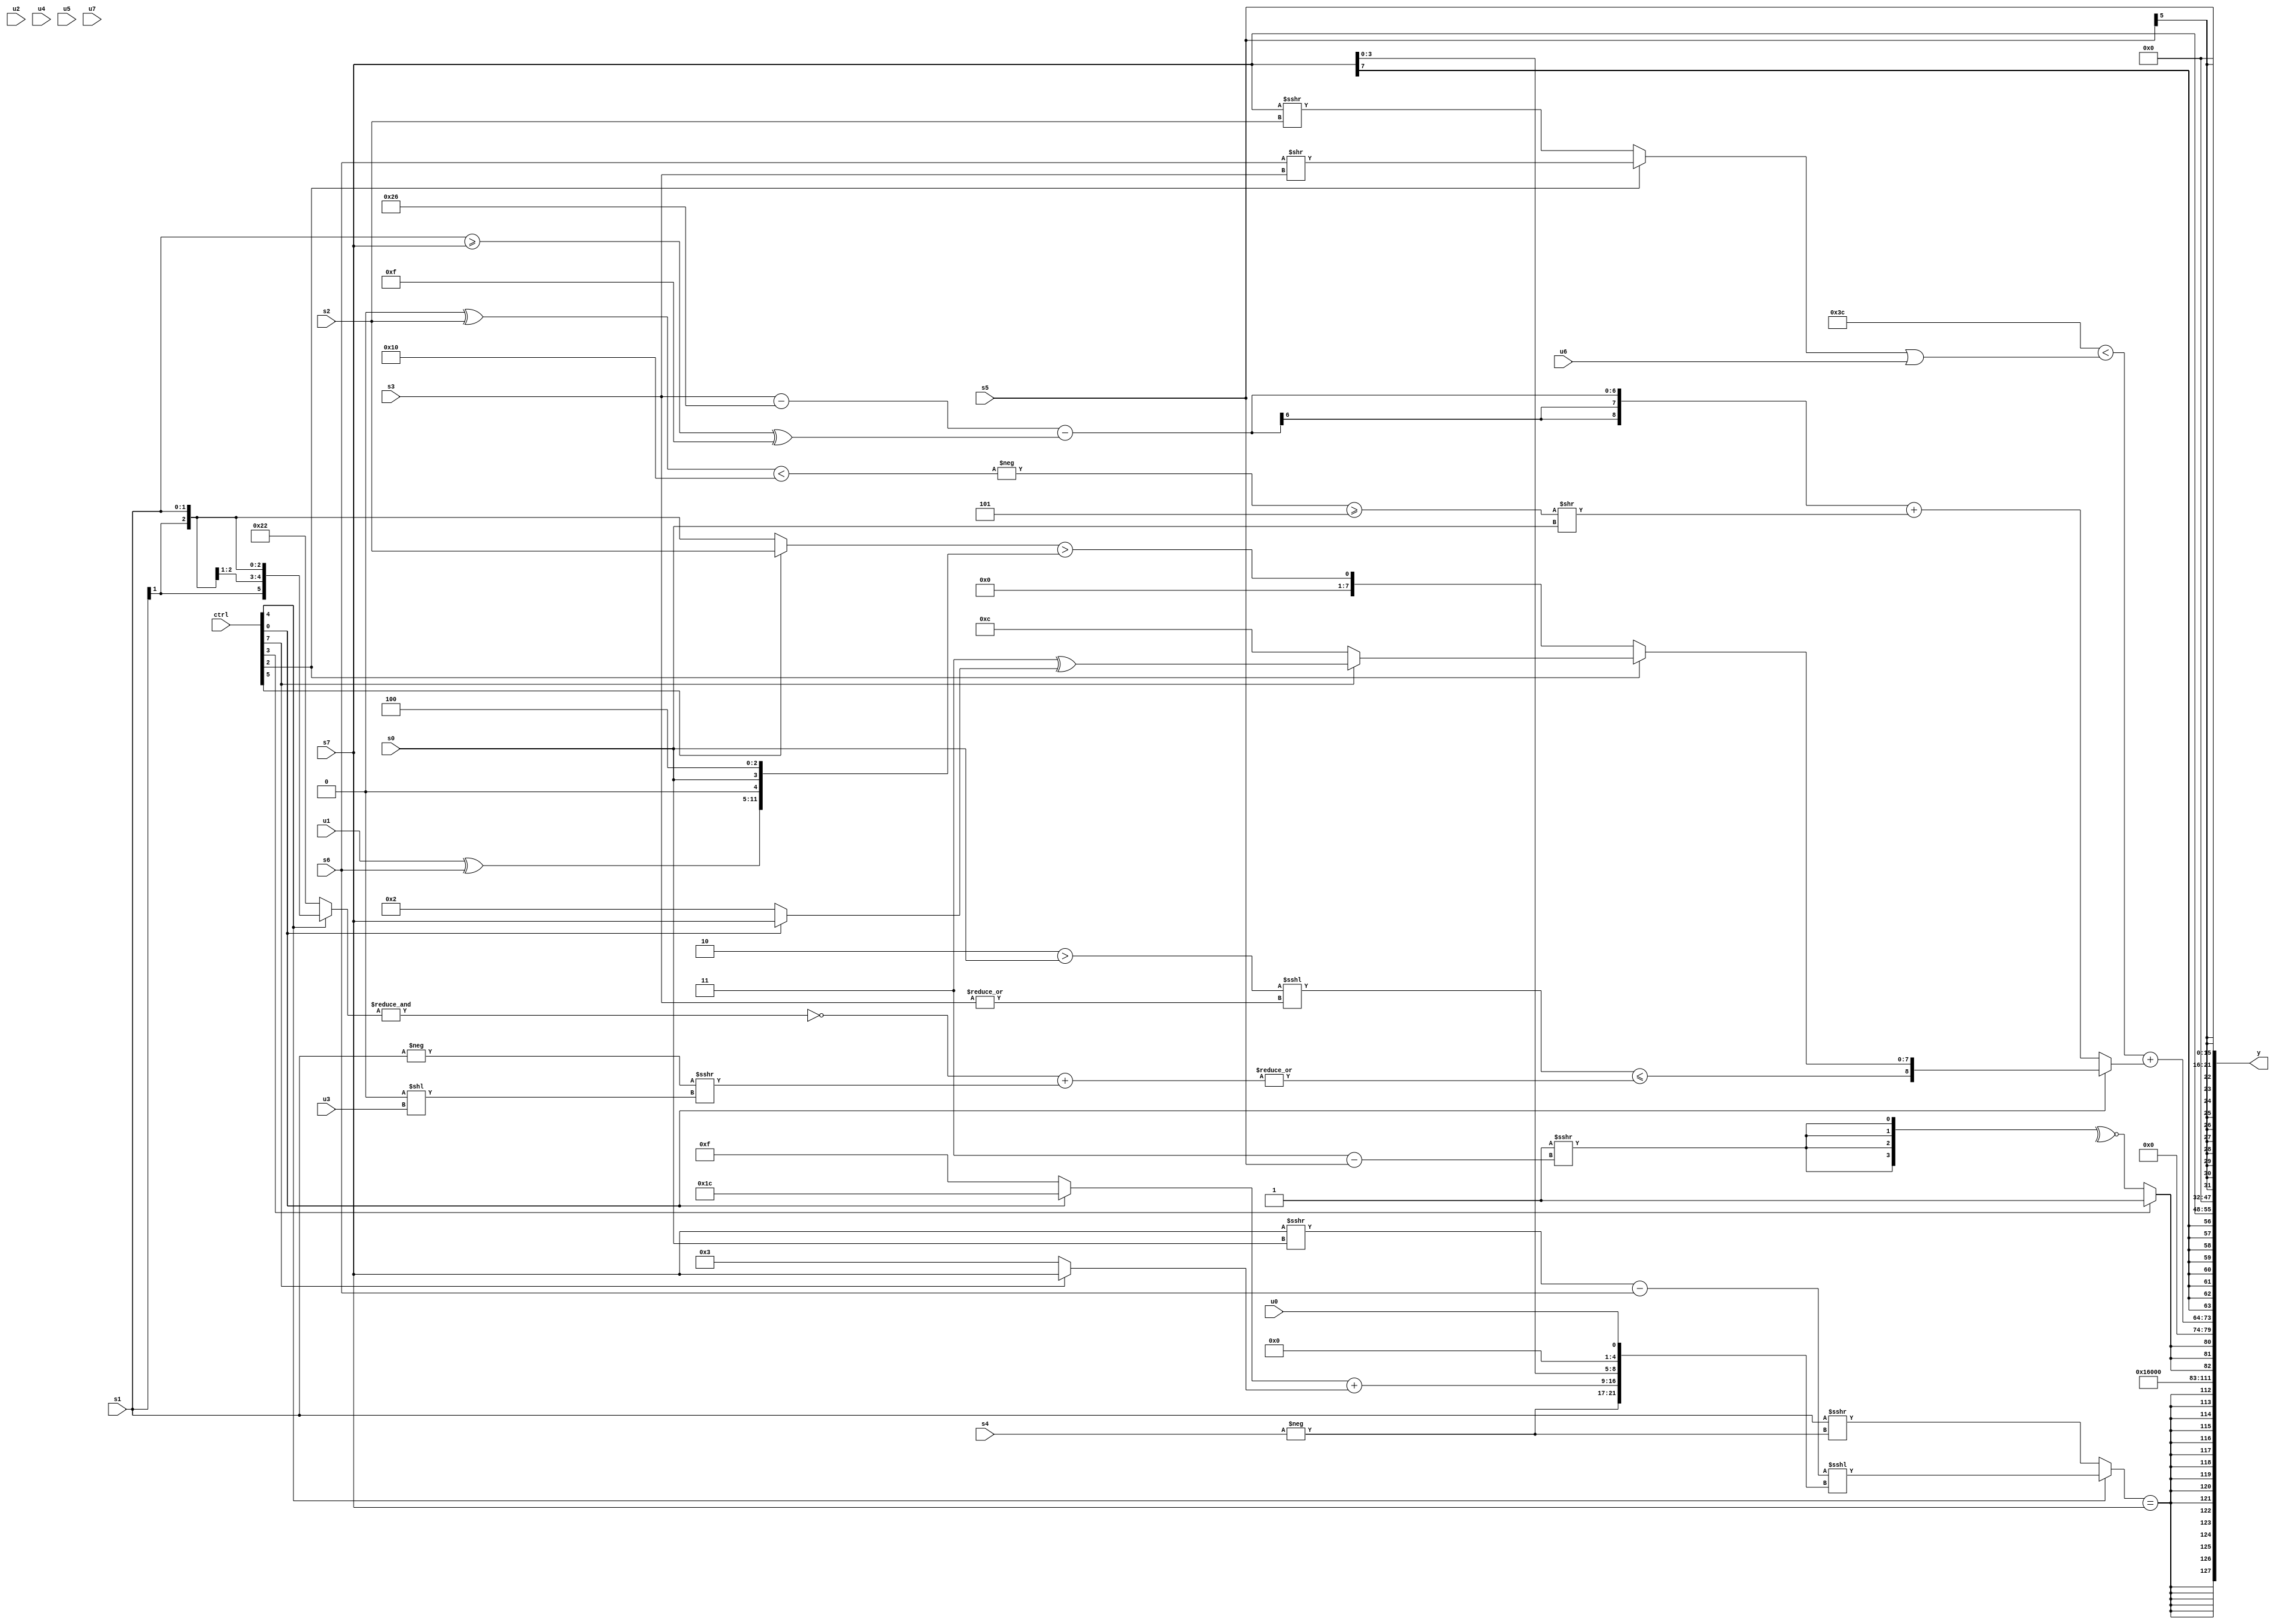
module wideexpr_00724(ctrl, u0, u1, u2, u3, u4, u5, u6, u7, s0, s1, s2, s3, s4, s5, s6, s7, y);
  input [7:0] ctrl;
  input [0:0] u0;
  input [1:0] u1;
  input [2:0] u2;
  input [3:0] u3;
  input [4:0] u4;
  input [5:0] u5;
  input [6:0] u6;
  input [7:0] u7;
  input signed [0:0] s0;
  input signed [1:0] s1;
  input signed [2:0] s2;
  input signed [3:0] s3;
  input signed [4:0] s4;
  input signed [5:0] s5;
  input signed [6:0] s6;
  input signed [7:0] s7;
  output [127:0] y;
  wire [15:0] y0;
  wire [15:0] y1;
  wire [15:0] y2;
  wire [15:0] y3;
  wire [15:0] y4;
  wire [15:0] y5;
  wire [15:0] y6;
  wire [15:0] y7;
  assign y = {y0,y1,y2,y3,y4,y5,y6,y7};
  assign y0 = $signed($unsigned(((ctrl[4]?(($signed(((s7)>>>(s0))-($signed(s6))))<<<(1'sb0))<<<({-(s4),$unsigned(((ctrl[0]?3'sb100:5'sb01111))+((ctrl[7]?s7:4'sb0011))),(s7)<<(4'sb0100),u0}):(s1)>>>($unsigned($signed(-(s4))))))==(s7)));
  assign y1 = 6'b001011;
  assign y2 = {3{(ctrl[3]?1'sb1:~^({4{$signed((1'sb1)>>>((3'b011)-($signed($signed(s5)))))}}))}};
  assign y3 = (+(($signed(6'sb111100))<((+($signed((ctrl[2]?(s6)>>(s3):$signed((s7)>>>(s2))))))|(u6))))+($signed((ctrl[0]?{(((3'sb110)>(s0))<<<(|({4{s3}})))<=(|((~&((ctrl[4]?s1:6'sb100010)))+((-(s1))>>>((1'sb0)<<(u3))))),(ctrl[2]?(ctrl[7]?+(($unsigned(3'sb011))^((ctrl[0]?s7:4'sb0010))):(((ctrl[3]?5'sb10111:3'sb110))>>($unsigned(5'sb01001)))^(5'sb01100)):$signed(({(ctrl[5]?s2:s1)})>({(u1)^(s6),+(1'b0),-(s0),$signed(3'sb100)})))}:(({1{$signed((s3)-(-(6'sb011010)))}})-(((s1)>=(s7))^($unsigned(4'sb1111))))+(((-(((1'sb0)^(s2))<((4'sb1101)&(6'sb010000))))>=(3'sb101))>>(s0)))));
  assign y4 = $signed(s7);
  assign y5 = 2'sb00;
  assign y6 = s5;
  assign y7 = 2'sb00;
endmodule